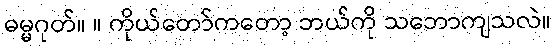
ဓမ္မဂုတ်။ ။ ကိုယ်တော်ကတော့ ဘယ်ကို သဘောကျသလဲ။